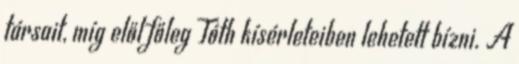
társait, míg elől főleg Tóth kísérleteiben lehetett bízni. A